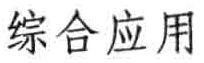
综合应用